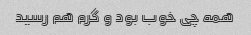
همه چی خوب بود و گرم هم رسید